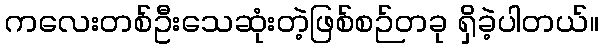
ကလေးတစ်ဦးသေဆုံးတဲ့ဖြစ်စဉ်တခု ရှိခဲ့ပါတယ်။